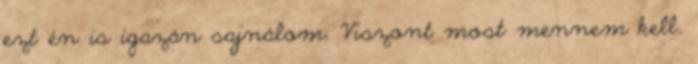
ezt én is igazán sajnálom. Viszont most mennem kell.